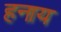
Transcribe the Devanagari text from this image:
हनाय